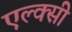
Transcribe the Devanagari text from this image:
एल्क्सी